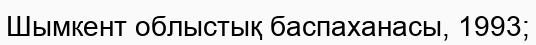
Шымкент облыстық баспаханасы, 1993;